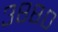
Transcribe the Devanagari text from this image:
३८८०